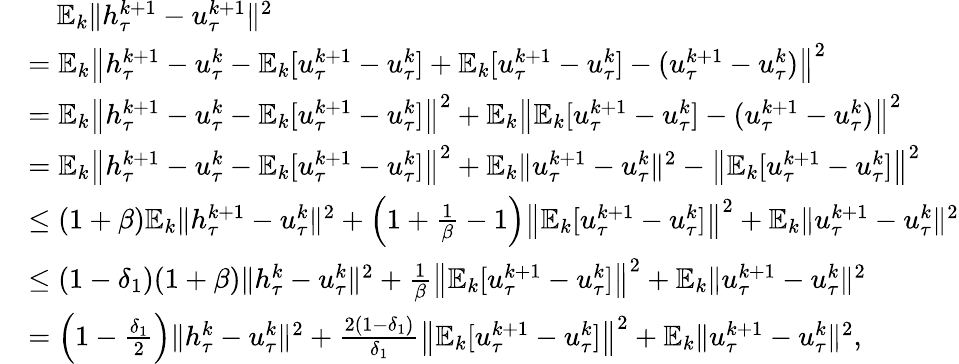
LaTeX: \begin{array}{rl}&{\quad\mathbb{E}_{k}\| h_{\tau}^{k+1}-u_{\tau}^{k+1}\| ^{2}}\\ &{=\mathbb{E}_{k}\left\| h_{\tau}^{k+1}-u_{\tau}^{k}-\mathbb{E}_{k}[u_{\tau}^{k+1}-u_{\tau}^{k}]+\mathbb{E}_{k}[u_{\tau}^{k+1}-u_{\tau}^{k}]-(u_{\tau}^{k+1}-u_{\tau}^{k})\right\| ^{2}}\\ &{=\mathbb{E}_{k}\left\| h_{\tau}^{k+1}-u_{\tau}^{k}-\mathbb{E}_{k}[u_{\tau}^{k+1}-u_{\tau}^{k}]\right\| ^{2}+\mathbb{E}_{k}\left\| \mathbb{E}_{k}[u_{\tau}^{k+1}-u_{\tau}^{k}]-(u_{\tau}^{k+1}-u_{\tau}^{k})\right\| ^{2}}\\ &{=\mathbb{E}_{k}\left\| h_{\tau}^{k+1}-u_{\tau}^{k}-\mathbb{E}_{k}[u_{\tau}^{k+1}-u_{\tau}^{k}]\right\| ^{2}+\mathbb{E}_{k}\| u_{\tau}^{k+1}-u_{\tau}^{k}\| ^{2}-\left\| \mathbb{E}_{k}[u_{\tau}^{k+1}-u_{\tau}^{k}]\right\| ^{2}}\\ &{\leq(1+\beta)\mathbb{E}_{k}\| h_{\tau}^{k+1}-u_{\tau}^{k}\| ^{2}+\left(1+\frac{1}{\beta}-1\right)\left\| \mathbb{E}_{k}[u_{\tau}^{k+1}-u_{\tau}^{k}]\right\| ^{2}+\mathbb{E}_{k}\| u_{\tau}^{k+1}-u_{\tau}^{k}\| ^{2}}\\ &{\leq(1-\delta_{1})(1+\beta)\| h_{\tau}^{k}-u_{\tau}^{k}\| ^{2}+\frac{1}{\beta}\left\| \mathbb{E}_{k}[u_{\tau}^{k+1}-u_{\tau}^{k}]\right\| ^{2}+\mathbb{E}_{k}\| u_{\tau}^{k+1}-u_{\tau}^{k}\| ^{2}}\\ &{=\left(1-\frac{\delta_{1}}{2}\right)\| h_{\tau}^{k}-u_{\tau}^{k}\| ^{2}+\frac{2(1-\delta_{1})}{\delta_{1}}\left\| \mathbb{E}_{k}[u_{\tau}^{k+1}-u_{\tau}^{k}]\right\| ^{2}+\mathbb{E}_{k}\| u_{\tau}^{k+1}-u_{\tau}^{k}\| ^{2},}\end{array}